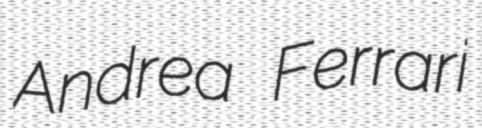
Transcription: Andrea Ferrari